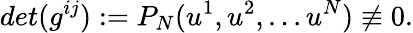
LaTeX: det(g^{ij}):=P_{N}(u^{1},u^{2},...u^{N})\not\equiv 0.